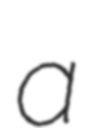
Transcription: a